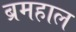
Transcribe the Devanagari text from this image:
ब्रमहाल